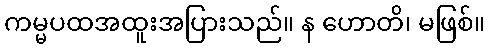
ကမ္မပထအထူးအပြားသည်။ န ဟောတိ၊ မဖြစ်။